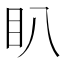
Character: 𭾘